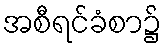
အစီရင်ခံစာ၌